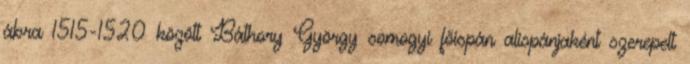
ábra 1515-1520 között Báthory György somogyi főispán alispánjaként szerepelt